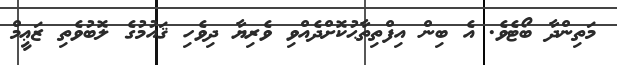
މަތިންދާ ބޯޓެވެ. އެ ބިން އިފްތިތާޙުކޮށްދެއްވި ވެރިޔާ ދިވެހި ޤައުމުގެ ލޮބުވެތި ޒަޢީމް